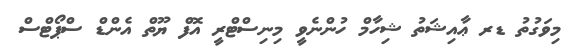
މިވަގުތު ޑރ ޢާއިޝަތު ޝިހާމް ހުންނެވީ މިނިސްޓްރީ އޮފް ޔޫތް އެންޑް ސްޕޯޓްސް